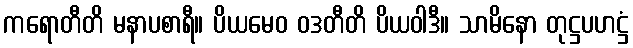
ကရောတီတိ မနာပစာရီ။ ပိယမေဝ ဝဒတီတိ ပိယဝါဒီ။ သာမိနော တုဋ္ဌပဟဋ္ဌံ